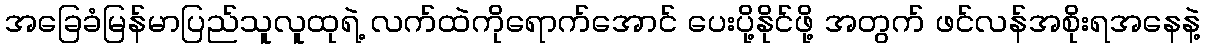
အခြေခံမြန်မာပြည်သူလူထုရဲ့ လက်ထဲကိုရောက်အောင် ပေးပို့နိုင်ဖို့ အတွက် ဖင်လန်အစိုးရအနေနဲ့